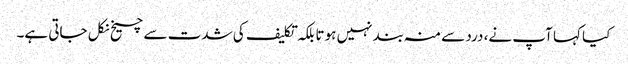
کیا کہا آپ نے، درد سے منہ بند نہیں ہوتا بلکہ تکلیف کی شدت سے چیخ نکل جاتی ہے۔